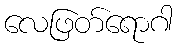
လေဖြတ်ရောဂါ